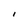
Character: l